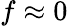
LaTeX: f\approx 0